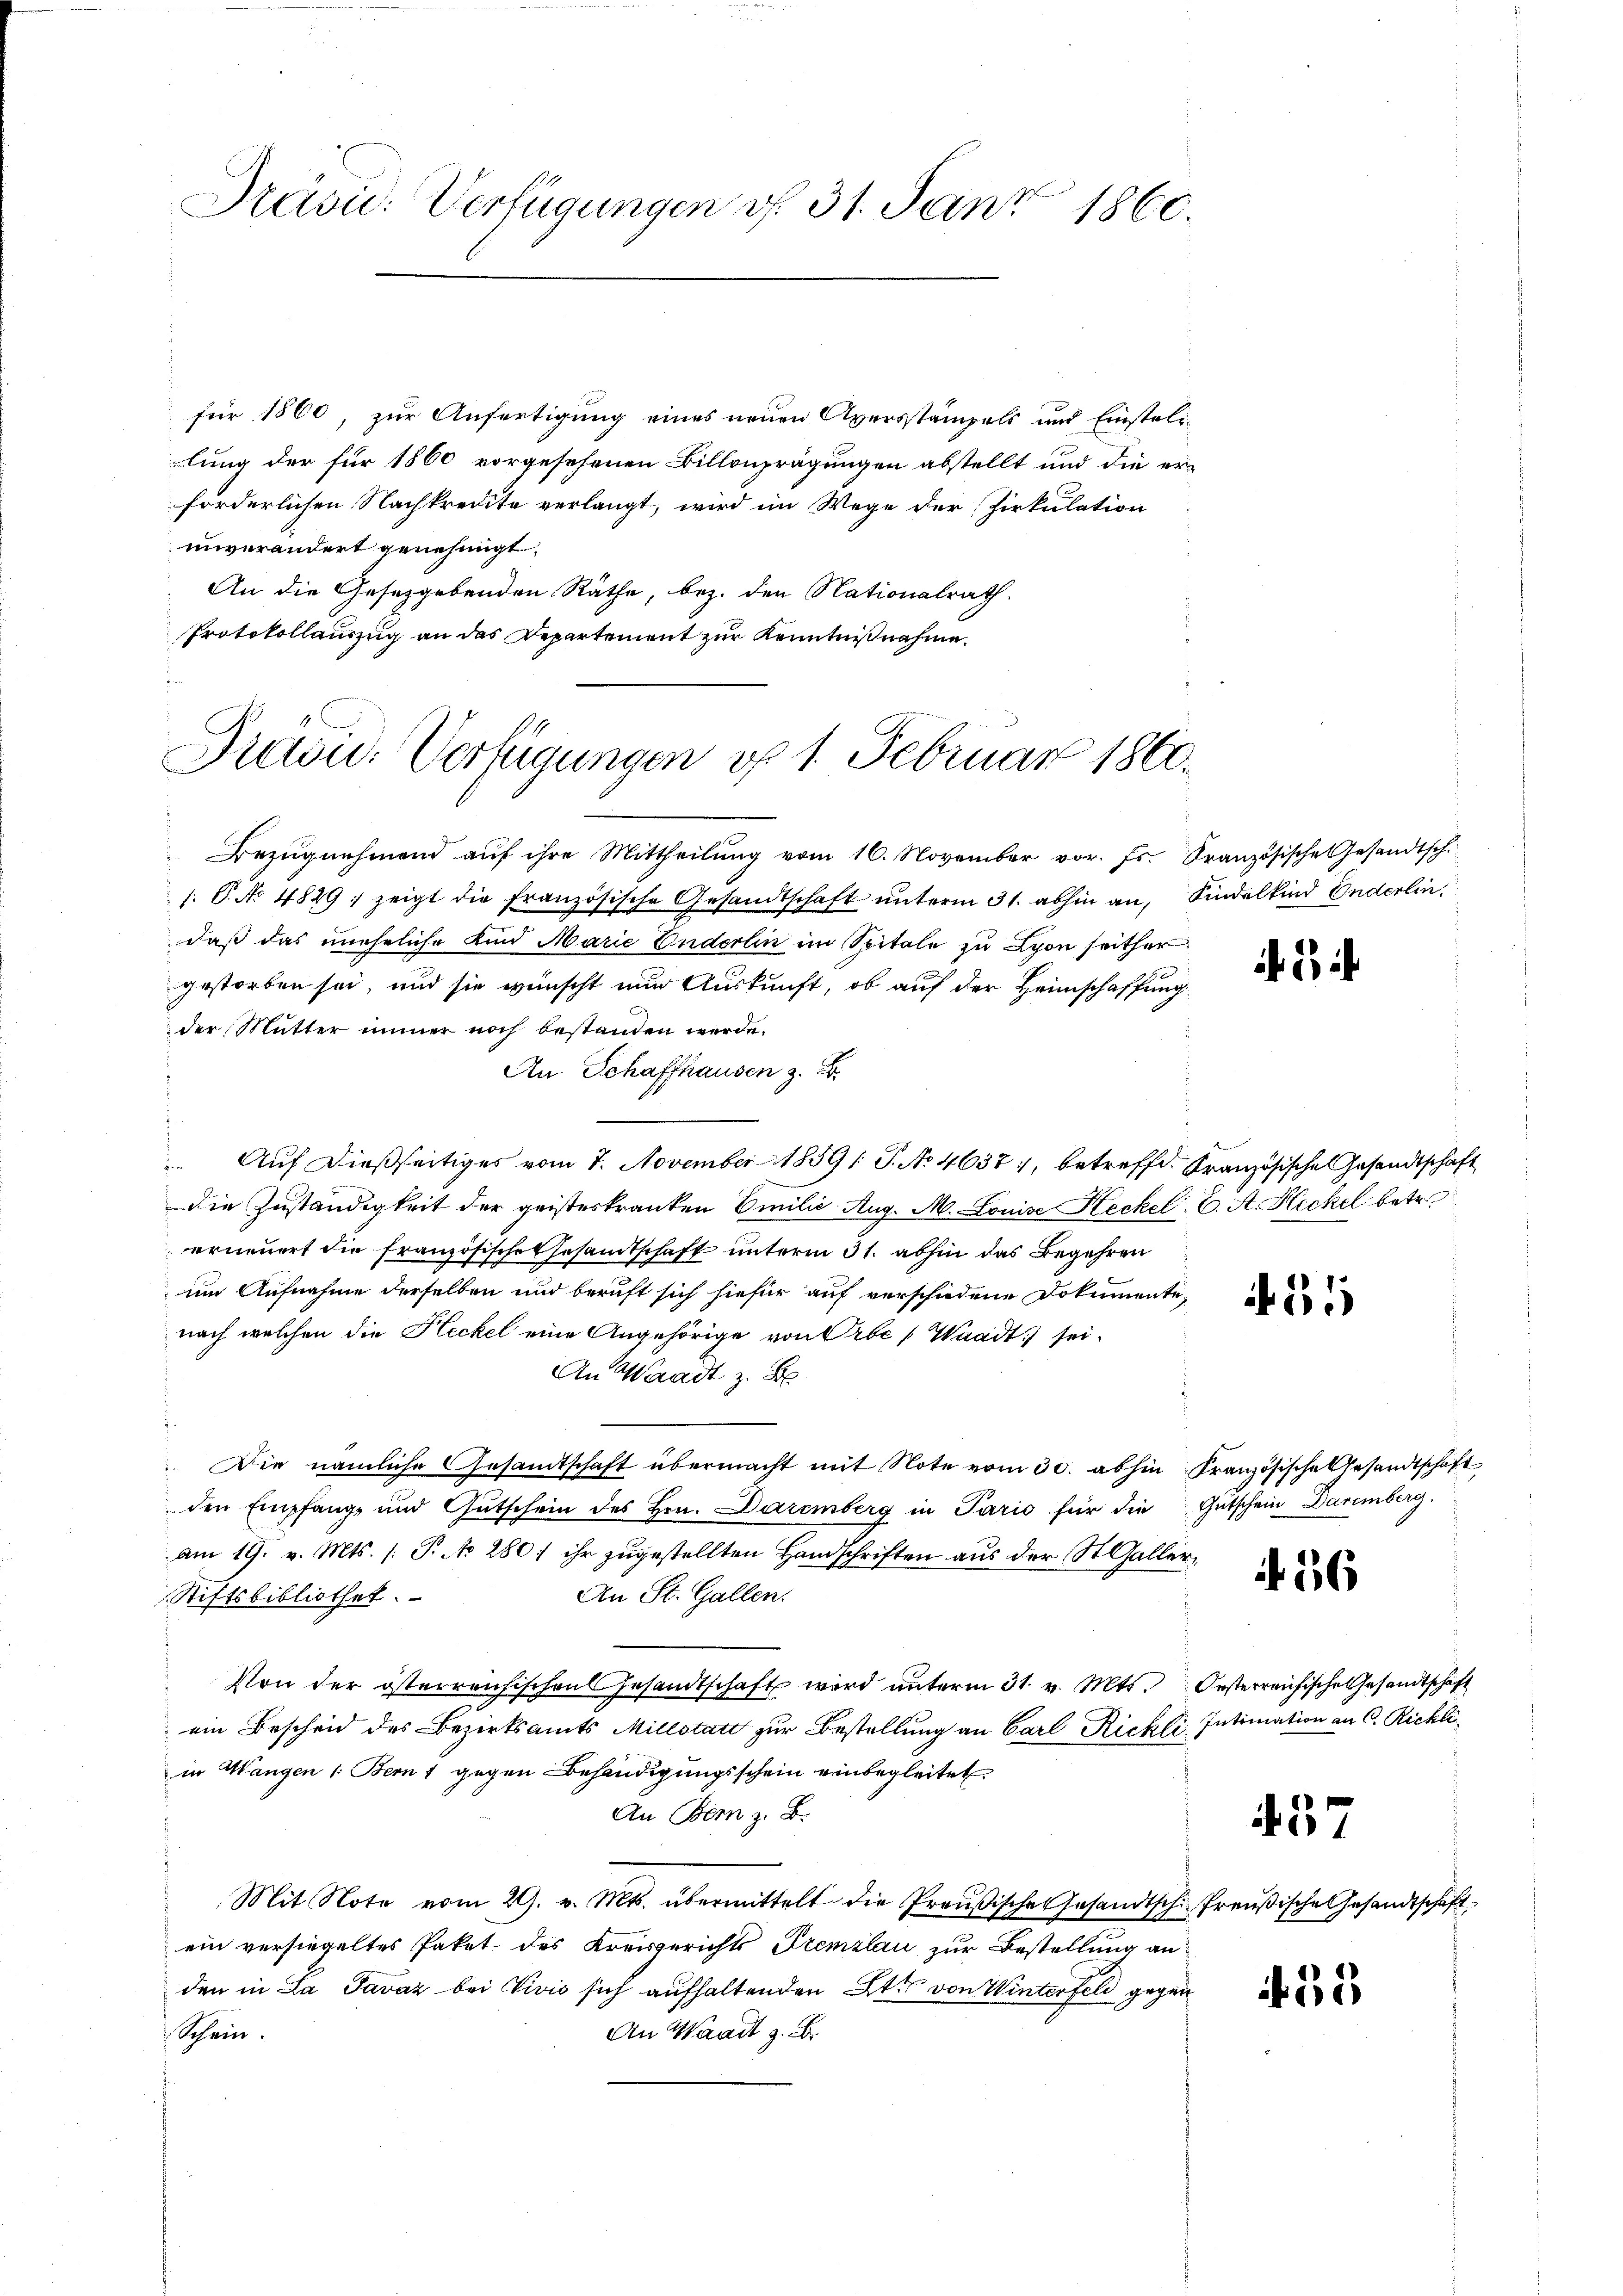
Präsid. Verfügungen v. 31. Janz 1860.

für 1860, zur Anfertigung eines neuen Aversstämpels und Einstelimlung der für 1860 vorgesehenen Billenprägungen abstellt und die er-
forderlichen Nachkredite verlangt, wird im Wege der Zirkulation
unverändert genehmigt.
An die Gesetzgebenden Räthe, bez. den Nationalrath
Protokollauszug an das Departement zur Kenntnißnahme.

Prain. Verfügungen d. 1. Februar 1860.

Bezŭgnehmend aŭf ihre Mittheilŭng vom 16. November vor. Fr. Französische Gesandtsch.
/. P. No 4849; zeigt die französische Gesandtschaft ŭnterm 31. abhin an, Kindelkind Enderlin,
daß das uneheliche Kind Marie Enderlin im Spitale zu Lyon seither
gestorben sei, und sie wünscht nun Auskunft, ob auf der Heimschaffung
der Mutter immer noch bestanden werde.
An Schaffhausen z. B.
 Auf dießseitiges vom 7. November 18591 S. No 4637, betreffe. Französische Gesandtschaft
die Zuständigkeit der geisteskranken Emilie Aug. M. Louise Heckel 6. A. Heckel betr.
erneuert die französische Gesamtschaft unterm 31. abhin das Begehren
um Aufnahme derselben und beruft sich hiefür auf verschiedene Dokumente,
nach welchen die Heckel eine Angehörige von Orbe (Waadt) sei¬
An Waadt z. B
Die nämliche Gesandtschaft übermacht mit Note vom 30. abhin Französische Gesandtschaft
den Empfang und Gutschein des Hrn. Daremberg in Pario für die Gütschein Daremberg
am 19. v. Mts. (: P. No 280) ihr zugestellten Handschriften aus der St. Galler¬
An St. Gallen.
Stiftsbibliothek.
Von der österreichischen Gesandtschaft wird ŭnterm 31. v. Mts. Oesterreichische Gesandtschaft
 ein Bescheid des Bezirksamts Millstatt zur Bestellung an Carl Rickli. Intimation an C. Richli
in Wangen (Bern 1 gegen Behändigungsschein einbegleitet
An Bern z. B.
Mit Note vom 29. v. Mts. übermittelt die Preußische Gesandtsch. Preußische Gesandtschaft,
ein versiegeltes Paket des Kreisgerichts Premzlau zur Bestellung an
den in La Pavaz bei Vivić sich aufhaltenden Art von Winterfeld gegen
An Waadt z. B.
Schein.

if. 2,

11

116

437.

52